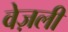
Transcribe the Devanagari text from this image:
वेज़ली